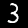
Digit: 3